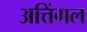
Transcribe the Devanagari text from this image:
अत्तिंगल